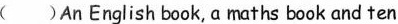
( )An English book, a maths book and ten